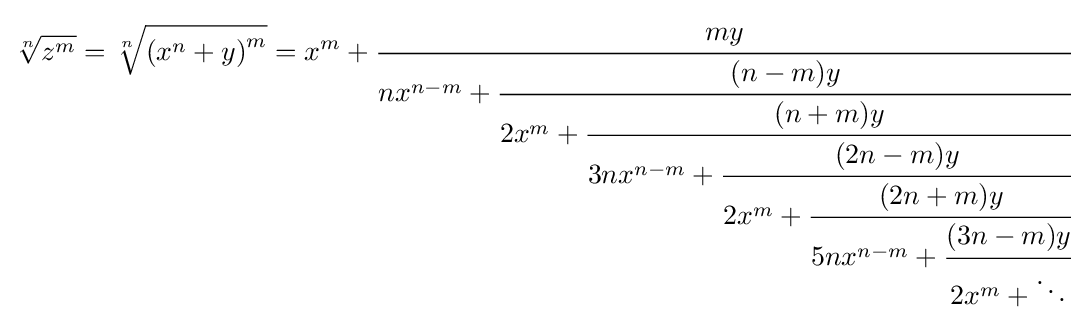
{\sqrt[{n}]{z^{m}}}={\sqrt[{n}]{\left(x^{n}+y\right)^{m}}}=x^{m}+{\cfrac {my}{nx^{n-m}+{\cfrac {(n-m)y}{2x^{m}+{\cfrac {(n+m)y}{3nx^{n-m}+{\cfrac {(2n-m)y}{2x^{m}+{\cfrac {(2n+m)y}{5nx^{n-m}+{\cfrac {(3n-m)y}{2x^{m}+\ddots }}}}}}}}}}}}